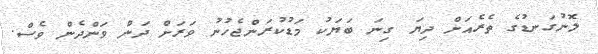
ލޮނުގަނޑުގެ ތެރެއަށް ދިޔަ ގިނަ ބަޔަކު މަޑުކުރަންޖެހުނު ވަރަށް ދަން ވަންދެން ވެސް.